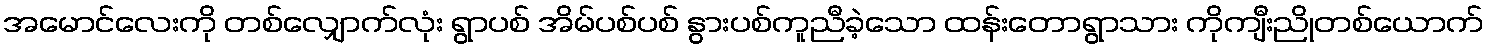
အမောင်လေးကို တစ်လျှောက်လုံး ရွာပစ် အိမ်ပစ်ပစ် နွားပစ်ကူညီခဲ့သော ထန်းတောရွာသား ကိုကျီးညိုတစ်ယောက်